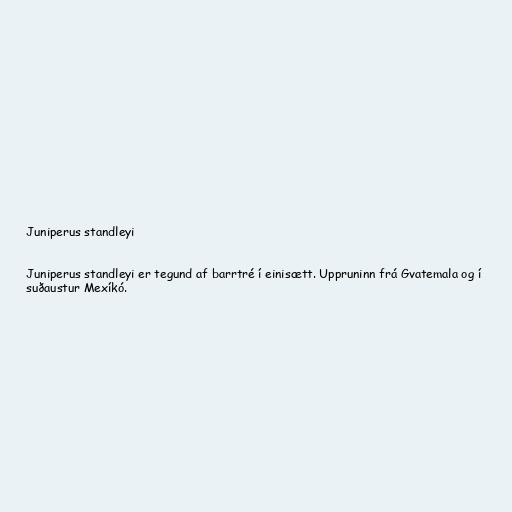
Juniperus standleyi

Juniperus standleyi er tegund af barrtré í einisætt. Uppruninn frá Gvatemala og í
suðaustur Mexíkó.